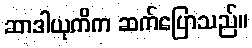
ဆာဒါယုကိက ဆက်ပြောသည်။